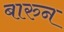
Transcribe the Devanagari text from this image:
बारुन